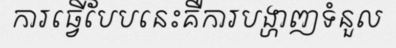
ការធ្វើបែបនេះគឺការបង្ហាញទំនួល